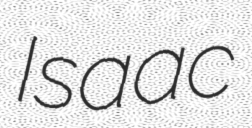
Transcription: Isaac